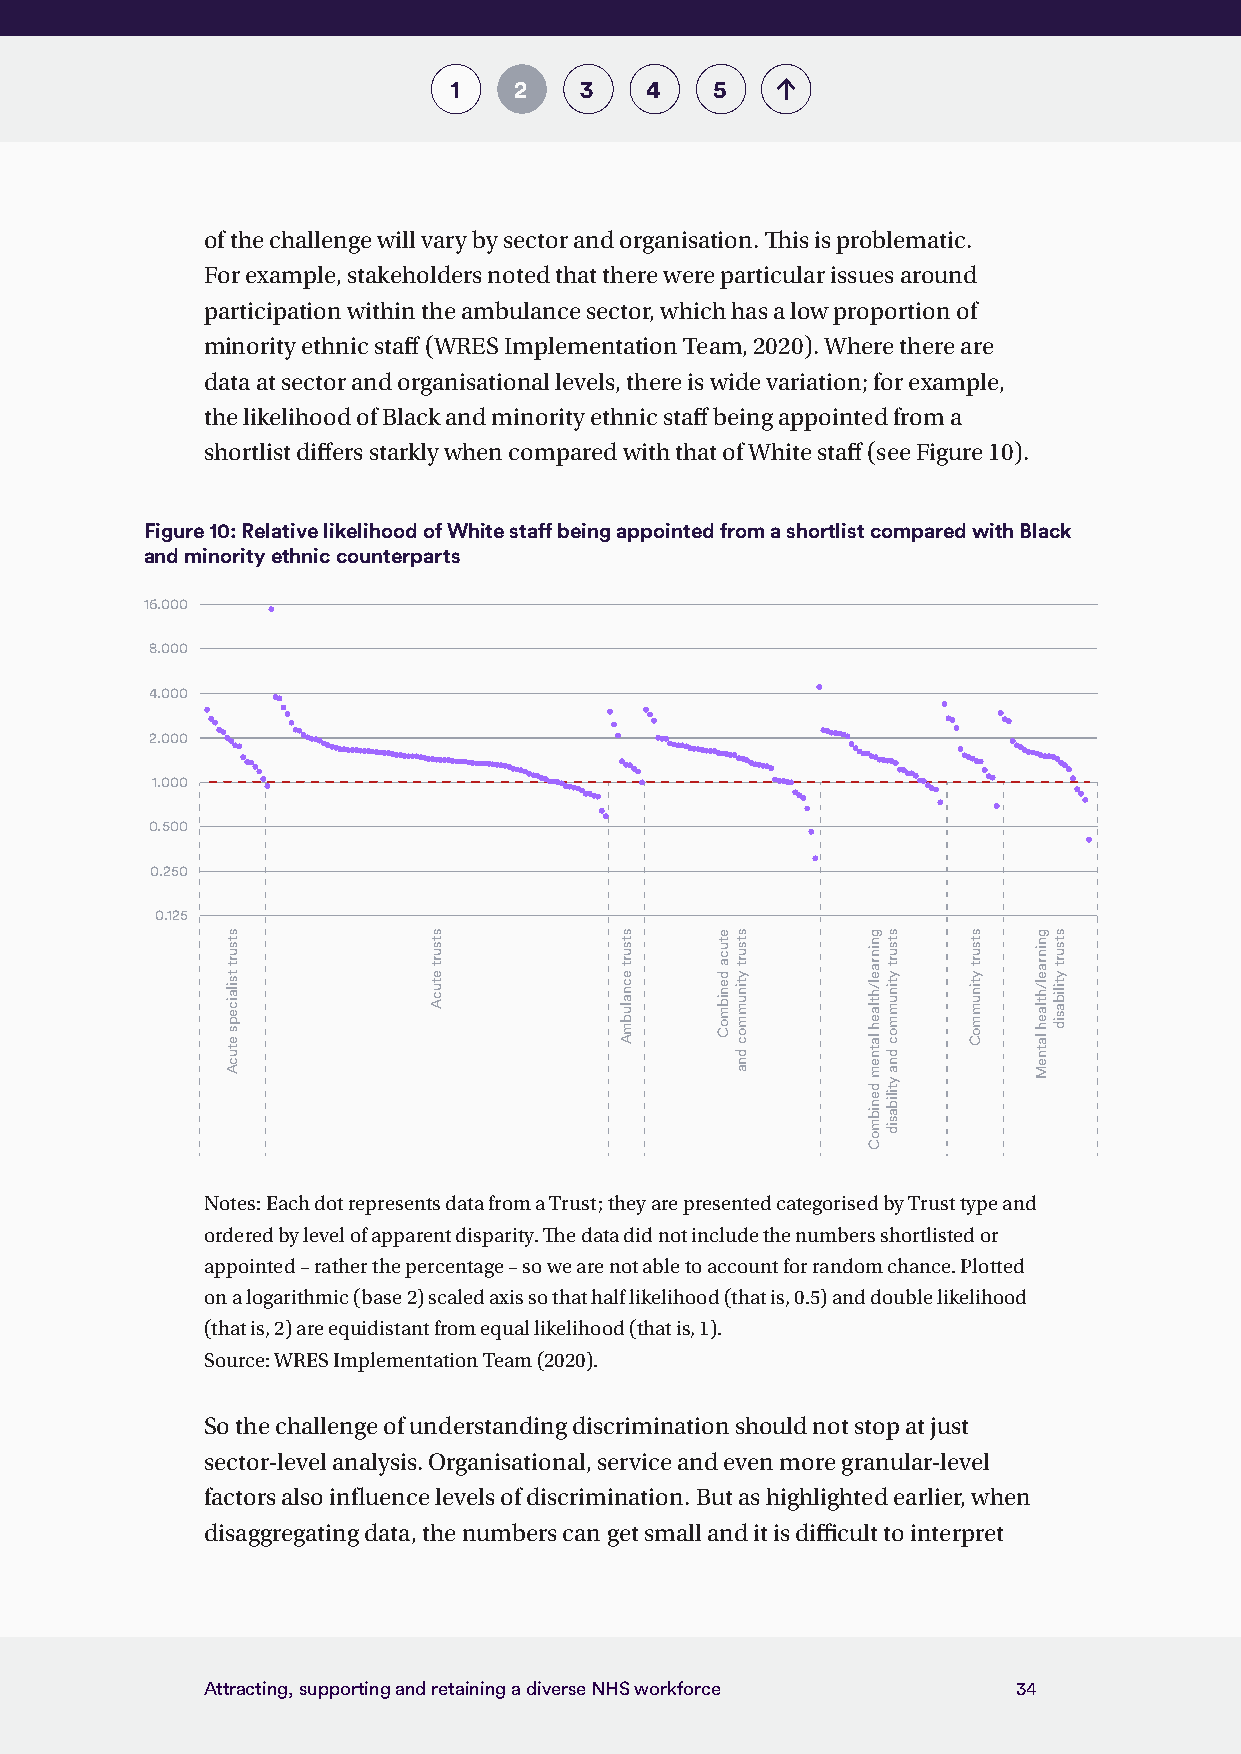
1   2   3    4   5
 of the challenge will vary by sector and organisation. This is problematic.
 For example, stakeholders noted that there were particular issues around
 participation within the ambulance sector, which has a low proportion of
 minority ethnic staff (WRES Implementation Team, 2020). Where there are
 data at sector and organisational levels, there is wide variation; for example,
 the likelihood of Black and minority ethnic staff being appointed from a
 shortlist differs starkly when compared with that of White staff (see Figure 10).
 Figure 10: Relative likelihood of White staff being appointed from a shortlist compared with Black
 and minority ethnic counterparts
 16.000
 8.000
 4.000
 2.000
 1.000
 0.500
 0.250
 0.125
 Notes: Each dot represents data from a Trust; they are presented categorised by Trust type and
 ordered by level of apparent disparity. The data did not include the numbers shortlisted or
 appointed – rather the percentage – so we are not able to account for random chance. Plotted
 on a logarithmic (base 2) scaled axis so that half likelihood (that is, 0.5) and double likelihood
 (that is, 2) are equidistant from equal likelihood (that is, 1).
 Source: WRES Implementation Team (2020).
 So the challenge of understanding discrimination should not stop at just
 sector-level analysis. Organisational, service and even more granular-level
 factors also influence levels of discrimination. But as highlighted earlier, when
 disaggregating data, the numbers can get small and it is difficult to interpret
 Attracting, supporting and retaining a diverse NHS workforce 34
 stsurt
 tsilaiceps
 etucA
 stsurt
 etucA
 stsurt
 ecnalubmA
 etuca
 denibmoC
 stsurt
 ytinummoc
 dna
 gninrael/htlaeh
 latnem
 denibmoC
 stsurt
 ytinummoc
 dna
 ytilibasid
 stsurt
 ytinummoC
 gninrael/htlaeh
 latneM
 stsurt
 ytilibasid